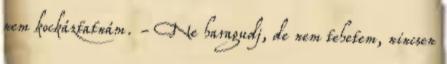
nem kockáztatnám. - Ne haragudj, de nem tehetem, nincsen